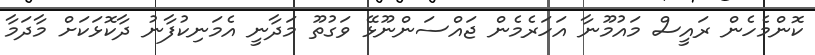
ކޮންމެހެން ރައީސް މައުމޫނާ އަހަރެމެން ޖައްސަންނޫޅޭ ވަގުތޫ މަދާނީ އެމަނިކުފާނު ދާކޮޅަކަށް މާދަމާ